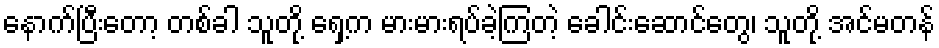
နောက်ပြီးတော့ တစ်ခါ သူတို့ ရှေ့က မားမားရပ်ခဲ့ကြတဲ့ ခေါင်းဆောင်တွေ၊ သူတို့ အင်မတန်